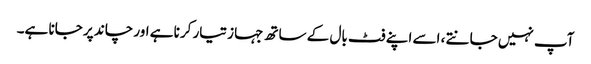
آپ نہیں جانتے ، اسے اپنے فٹ بال کے ساتھ جہاز تیار کرنا ہے اور چاند پر جانا ہے۔